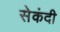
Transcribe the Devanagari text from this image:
सेकंदी